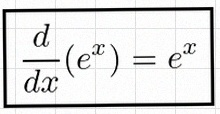
\frac{d}{dx}(e^x)=e^x